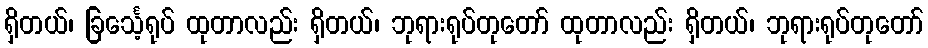
ရှိတယ်၊ ခြင်္သေ့ရုပ် ထုတာလည်း ရှိတယ်၊ ဘုရားရုပ်တုတော် ထုတာလည်း ရှိတယ်၊ ဘုရားရုပ်တုတော်